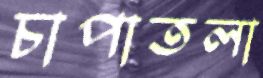
চাপাতলা